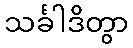
သင်္ခါဒိတွာ